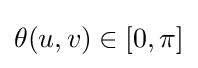
\theta (u,v)\in [0,\pi ]